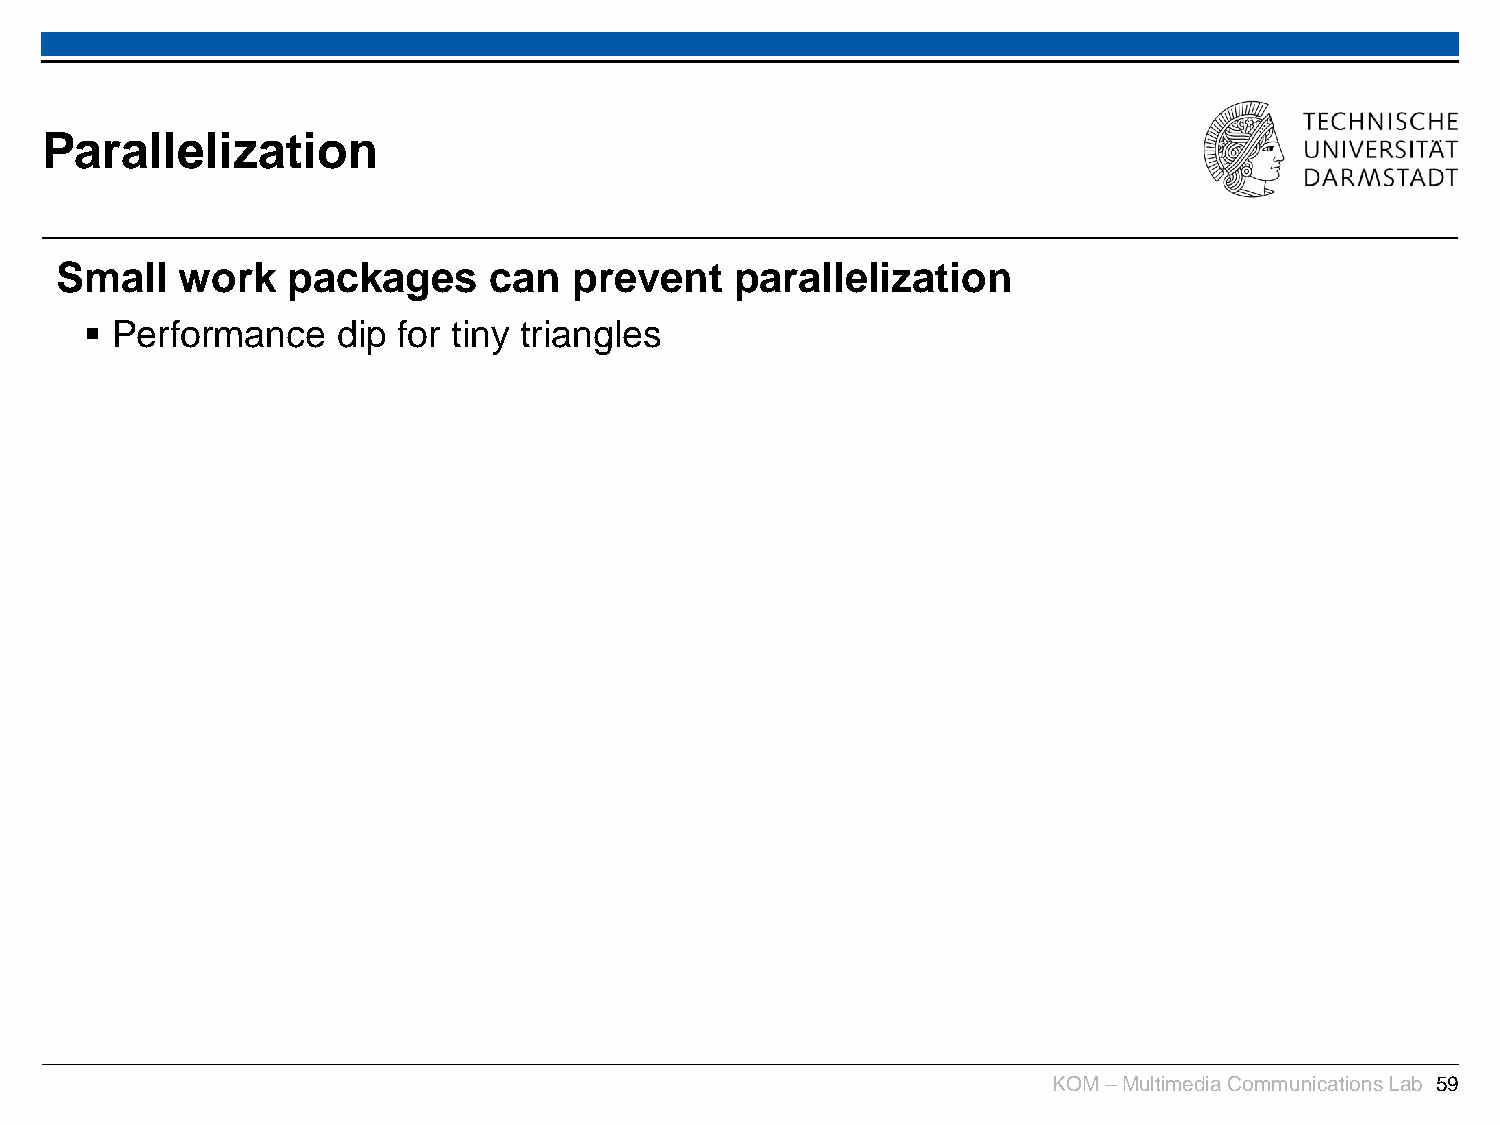
Parallelization
 Small   work   packages     can   prevent    parallelization
  Performance   dip for tiny triangles
 KOM –Multimedia Communications Lab 59